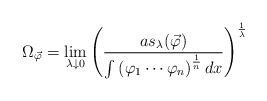
\begin{align*} \Omega_{\vec \varphi } = \lim _{ \lambda \downarrow 0} \left(\frac{as_{\lambda }(\vec \varphi) }{ \int \left(\varphi_1 \cdots \varphi_n \right)^{\frac{1}{n}} dx }\right)^\frac{1}{\lambda}\end{align*}